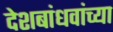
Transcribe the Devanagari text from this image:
देशबांधवांच्या